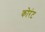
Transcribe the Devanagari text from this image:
कोरंट